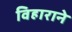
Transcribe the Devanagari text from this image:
विहाराने